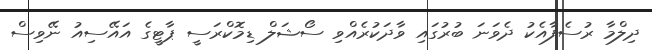
ދިލްމާ ރުސެފާއެކު ދެވަނަ ބުރުގައި ވާދަކުރެއްވި ސޯޝަލް ޑިމޮކްރަސީ ޕާޓީގެ އައޭސިއު ނޭވިސް